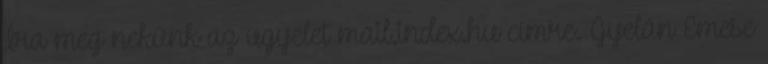
Íra meg nekünk az ugyelet mail.index.hu címre. Gyelán Emese